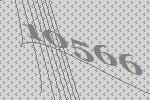
10566